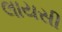
લાયસી